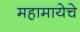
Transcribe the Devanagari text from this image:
महामायेचे